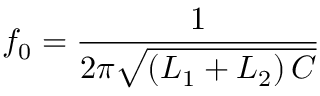
f _ { 0 } = { \frac { 1 } { 2 \pi { \sqrt { \left( L _ { 1 } + L _ { 2 } \right) C } } } }